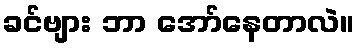
ခင်ဗျား ဘာ အော်နေတာလဲ။